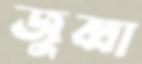
জুব্বা